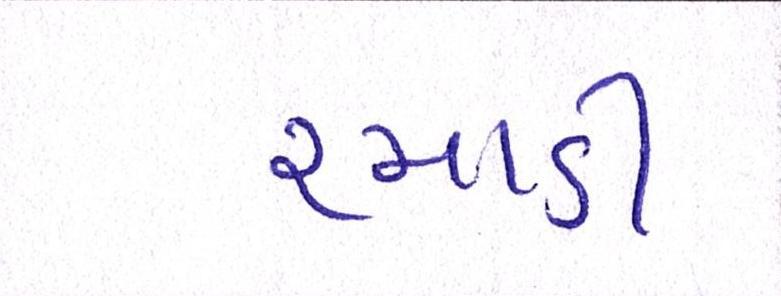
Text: રમાડી